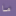
ما